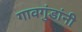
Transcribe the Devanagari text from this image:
गावगुंडांनी